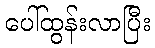
ပေါ်ထွန်းလာပြီး